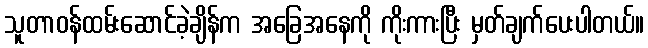
သူတာဝန်ထမ်းဆောင်ခဲ့ချိန်က အခြေအနေကို ကိုးကားပြီး မှတ်ချက်ပေးပါတယ်။